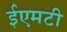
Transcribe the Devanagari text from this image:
ईएमटी